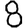
Digit: 8